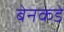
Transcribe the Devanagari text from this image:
बेनकडे